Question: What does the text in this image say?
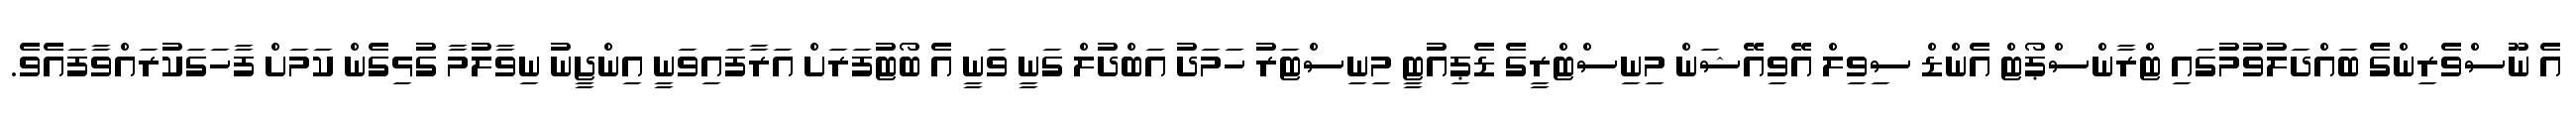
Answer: އެ ނޫސްވެރިންގެ ބައްދަލުވުމުގައި ޓްރާންސްޕޯޓް އެންޑް ސިވިލް އޭވިއޭޝަން މިނިސްޓްރީގެ ޑެޕިއުޓީ މިނިސްޓަރު ހަމަދު އަބްދުލް ގަނީ ވަނީ އެ ބޯޓުފަރަށް އަރާފައިވަނީ އިންޖީނު ނިވާލުމާ ގުޅިގެން ކަމަށް ފާހަގަކުރައްވާފައެވެ.